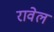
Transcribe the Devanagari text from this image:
रावेल